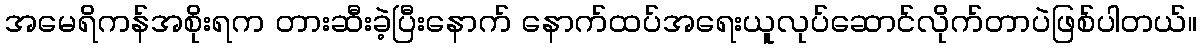
အမေရိကန်အစိုးရက တားဆီးခဲ့ပြီးနောက် နောက်ထပ်အရေးယူလုပ်ဆောင်လိုက်တာပဲဖြစ်ပါတယ်။